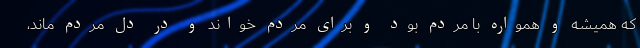
که همیشه و همواره با مردم بود و برای مردم خواند و در دل مردم ماند،